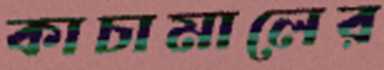
কাচামালের